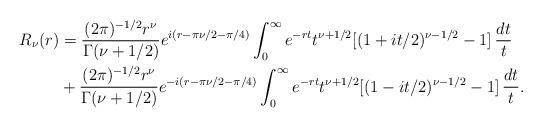
LaTeX: \begin{align*}R_{\nu}(r)&=\frac{(2\pi)^{-1/2}r^{\nu}}{\Gamma(\nu+1/2)} e^{i(r-\pi\nu/2-\pi/4)}\int_0^\infty e^{-rt} t^{\nu+1/2} [(1+it/2)^{\nu-1/2}-1] \, \frac{dt}{t} \\&+ \frac{(2\pi)^{-1/2}r^{\nu}}{\Gamma(\nu+1/2)} e^{-i(r-\pi\nu/2-\pi/4)}\int_0^\infty e^{-rt} t^{\nu+1/2} [(1-it/2)^{\nu-1/2}-1] \, \frac{dt}{t}.\end{align*}